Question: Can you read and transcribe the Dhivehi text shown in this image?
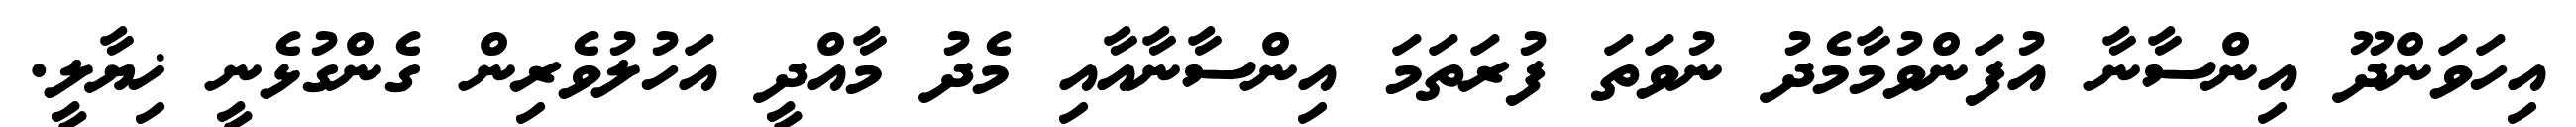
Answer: އިހަވަންދޫ އިންސާނާ އުފަންވުމާމެދު ނުވަތަ ފުރަތަމަ އިންސާނާއާއި މެދު މާއްދީ އަހުލުވެރިން ގެންގުޅެނީ ޚިޔާލީ.